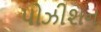
પોઝીશન